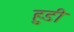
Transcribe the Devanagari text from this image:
हुडी